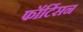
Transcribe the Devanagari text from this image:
फॉर्टिसन